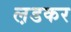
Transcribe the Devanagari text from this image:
ल़डकर